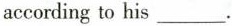
according to his___.